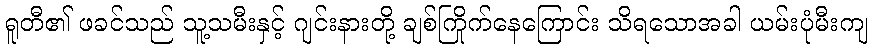
ရူတီ၏ ဖခင်သည် သူ့သမီးနှင့် ဂျင်းနားတို့ ချစ်ကြိုက်နေကြောင်း သိရသောအခါ ယမ်းပုံမီးကျ